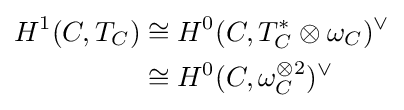
{\begin{aligned}H^{1}(C,T_{C})&\cong H^{0}(C,T_{C}^{*}\otimes \omega _{C})^{\vee }\\&\cong H^{0}(C,\omega _{C}^{\otimes 2})^{\vee }\end{aligned}}